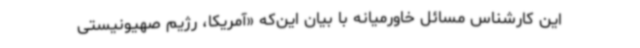
این کارشناس مسائل خاورمیانه با بیان این‌که «آمریکا، رژیم صهیونیستی